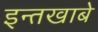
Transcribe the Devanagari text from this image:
इन्तखाबे